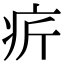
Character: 𤴾